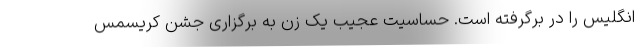
انگلیس را در برگرفته است. حساسیت عجیب یک زن به برگزاری جشن کریسمس